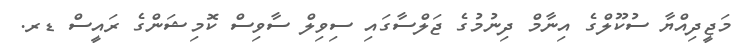
މަޖީދިއްޔާ ސުކޫލްގެ އިނާމް ދިނުމުގެ ޖަލްސާގައި ސިވިލް ސާވިސް ކޮމިޝަންގެ ރައީސް ޑރ.